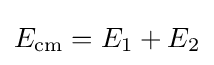
E_{\mathrm {cm} }=E_{1}+E_{2}